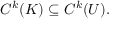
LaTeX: C ^ { k } ( K ) \subseteq C ^ { k } ( U ) .